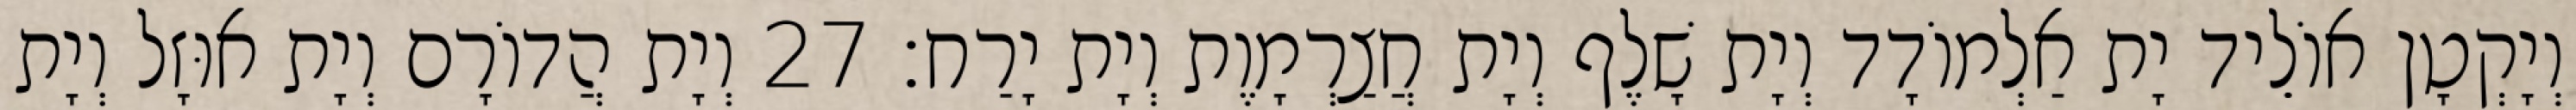
וְיָקְטָן אוֹלֵיד יָת אַלְמוֹדָד וְיָת שָׁלֶף וְיָת חֲצַרְמָוֶת וְיָת יָרַח׃ 27 וְיָת הֲדוֹרָם וְיָת אוּזָל וְיָת